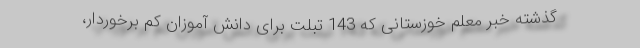
گذشته خبر معلم خوزستانی که 143 تبلت برای دانش آموزان کم برخوردار،